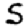
Digit: 5